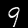
Digit: 9